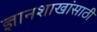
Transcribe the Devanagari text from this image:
ज्ञानशाखांसाठी